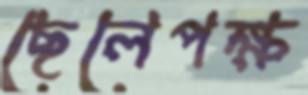
ছেলেপক্ষ